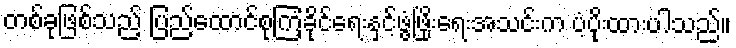
တစ်ခုဖြစ်သည့် ပြည်ထောင်စုကြံ့ခိုင်ရေးနှင့်ဖွံ့ဖြိုးရေးအသင်းက ပံ့ပိုးထားပါသည်။